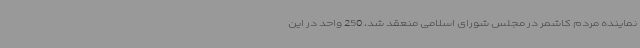
نماینده مردم کاشمر در مجلس شورای اسلامی منعقد شد، 250 واحد در این